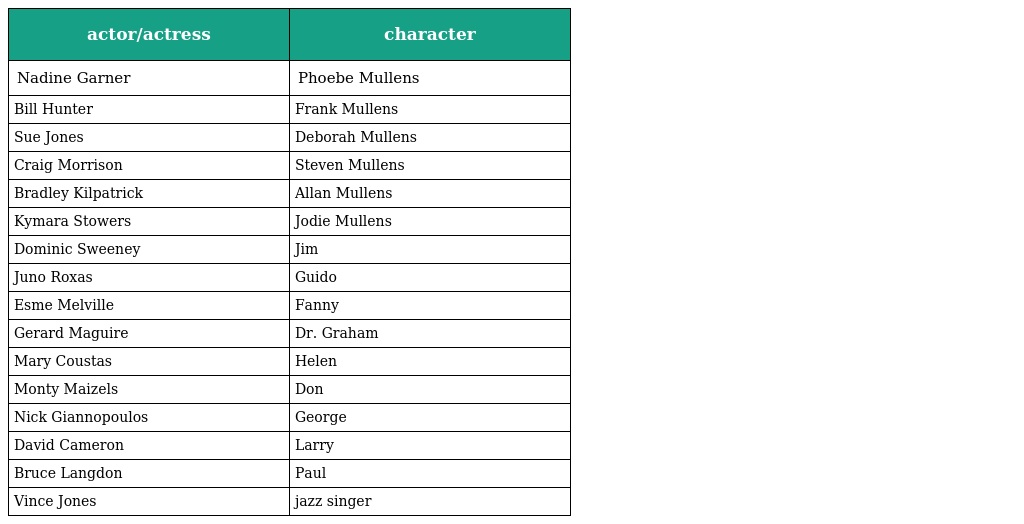
| actor/actress | character |
 | --- | --- |
 | Nadine Garner | Phoebe Mullens |
 | Bill Hunter | Frank Mullens |
 | Sue Jones | Deborah Mullens |
 | Craig Morrison | Steven Mullens |
 | Bradley Kilpatrick | Allan Mullens |
 | Kymara Stowers | Jodie Mullens |
 | Dominic Sweeney | Jim |
 | Juno Roxas | Guido |
 | Esme Melville | Fanny |
 | Gerard Maguire | Dr. Graham |
 | Mary Coustas | Helen |
 | Monty Maizels | Don |
 | Nick Giannopoulos | George |
 | David Cameron | Larry |
 | Bruce Langdon | Paul |
 | Vince Jones | jazz singer |